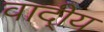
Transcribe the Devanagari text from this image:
वादी्य